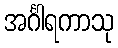
အင်္ဂါရကာသု